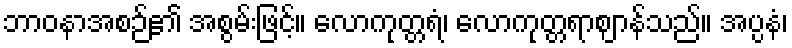
ဘာဝနာအစဉ်၏ အစွမ်းဖြင့်။ လောကုတ္တရံ၊ လောကုတ္တရာဈာန်သည်။ အပ္ပနံ၊